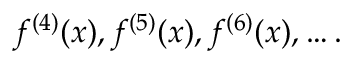
f ^ { ( 4 ) } ( x ) , f ^ { ( 5 ) } ( x ) , f ^ { ( 6 ) } ( x ) , \ldots .